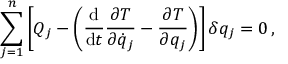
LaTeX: \sum _ { j = 1 } ^ { n } \left[ Q _ { j } - \left( { \frac { \mathrm { d } } { \mathrm { d } t } } { \frac { \partial T } { \partial { \dot { q } } _ { j } } } - { \frac { \partial T } { \partial q _ { j } } } \right) \right] \delta q _ { j } = 0 \, ,